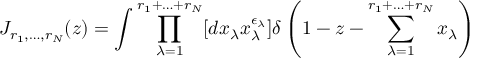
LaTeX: J _ { r _ { 1 } , \ldots , r _ { N } } ( z ) = \int \prod _ { \lambda = 1 } ^ { r _ { 1 } + \ldots + r _ { N } } [ d x _ { \lambda } x _ { \lambda } ^ { \epsilon _ { \lambda } } ] \delta \left( 1 - z - \sum _ { \lambda = 1 } ^ { r _ { 1 } + \ldots + r _ { N } } x _ { \lambda } \right)